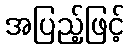
အပြည့်ဖြင့်